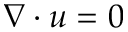
\nabla \cdot u = 0